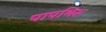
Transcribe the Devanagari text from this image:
पापभिरू